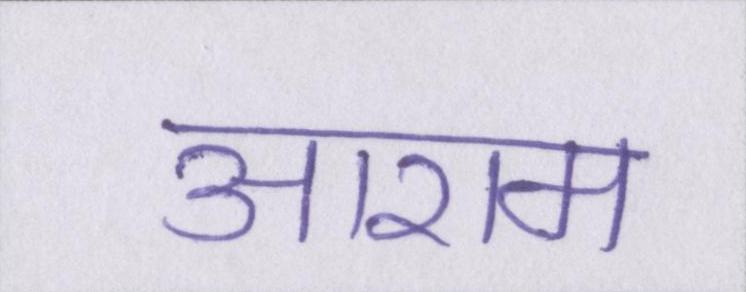
आराम